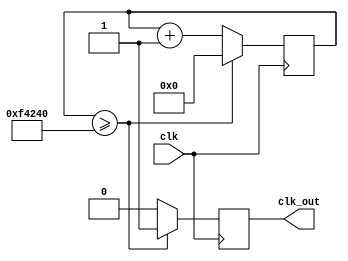
`timescale 1ns / 1ps
//////////////////////////////////////////////////////////////////////////////////
// Company: 
// Engineer: 
// 
// Design Name: 
// Module Name: clkdiv_count
// Project Name: 
// Target Devices: 
// Tool Versions: 
// Description: 
// 
// Dependencies: 
// 
// Revision:
// Revision 0.01 - File Created
// Additional Comments:
// 
//////////////////////////////////////////////////////////////////////////////////


module clkdiv_count(
    input clk,
    output reg clk_out
    );

reg[21:0] COUNT = 0;

always @(posedge clk) begin
    if(COUNT >= 1000000) begin
        clk_out = 1;
        COUNT = 0;
    end
    else begin 
        COUNT = COUNT + 1;
        clk_out = 0;
    end
end

endmodule